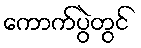
ကောက်ပွဲတွင်